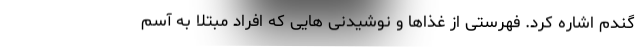
گندم اشاره کرد. فهرستی از غذاها و نوشیدنی هایی که افراد مبتلا به آسم